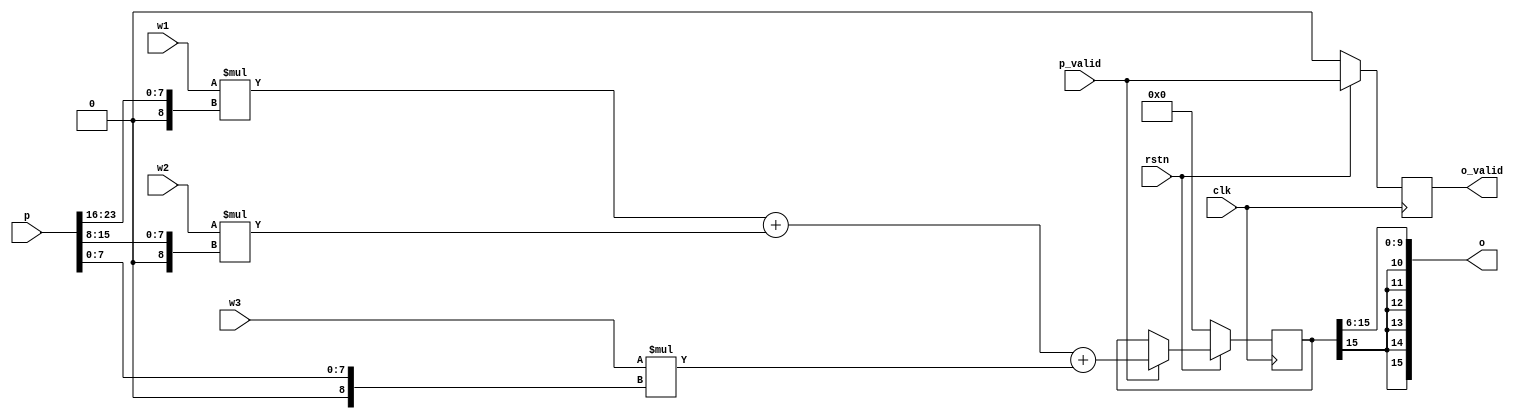
`timescale 1ns / 1ps
//////////////////////////////////////////////////////////////////////////////////
// Company: 
// Engineer: 
// 
// Design Name: 
// Module Name: pe
// Project Name: 
// Target Devices: 
// Tool Versions: 
// Description: 
// 
// Dependencies: 
// 
// Revision:
// Revision 0.01 - File Created
// Additional Comments:
// 
//////////////////////////////////////////////////////////////////////////////////


module pe(
    input         clk,
    input         rstn,
    input signed [7:0] w1,
    input signed [7:0] w2,
    input signed [7:0] w3,
    input  [23:0] p,
    input         p_valid,
    output signed [15:0]  o,
    output        o_valid
);

	wire signed [15:0] psum;
    wire signed [8:0] p1, p2, p3;
	reg signed [15:0] psum_reg;
	reg p_valid_d;

    assign p1 = {1'b0, p[23:16]};
    assign p2 = {1'b0, p[15:8]};
    assign p3 = {1'b0, p[7:0]};
	assign psum = w1*p1 + w2*p2 + w3*p3;

	always@(posedge clk) begin
		if(!rstn) begin
			psum_reg <= 16'd0;
		end
		else begin
			if(p_valid) psum_reg <= psum;
		end
	end

	always@(posedge clk) begin
		if(!rstn) begin
			p_valid_d <= 1'b0;
		end
		else begin
			p_valid_d <= p_valid;
		end
	end

    assign o = (psum_reg>>>6);
	assign o_valid = p_valid_d;

endmodule